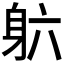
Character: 𬧡